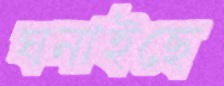
ঘনাইছে